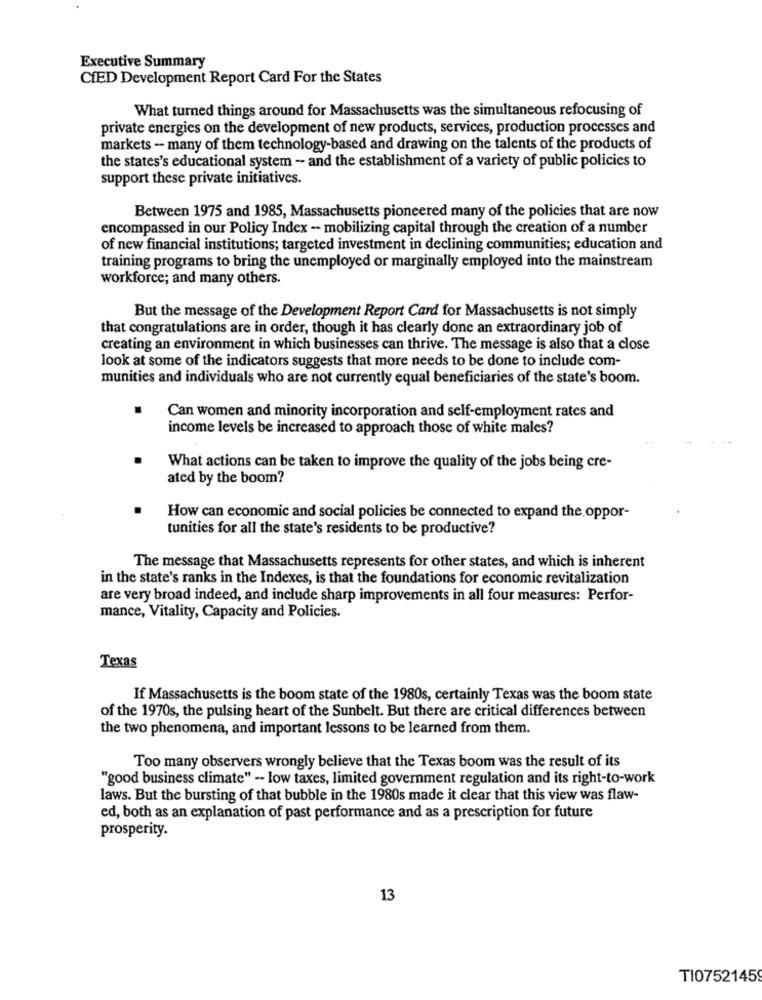
Executive Summary
CIED Development Report Card For the States
What turned things around for Massachusetts was the simultaneous refocusing of
private energies on the development of new products, services, production processes and
markets - many of them technology-based and drawing on the talents of the products of
the states's educational system - and the establishment of a variety of public policies to
support these private initiatives.
Between 1975 and 1985, Massachusetts pioneered many of the policies that are now
encompassed in our Policy Index -- mobilizing capital through the creation of a number
of new financial institutions; targeted investment in declining communities; education and
training programs to bring the unemployed or marginally employed into the mainstream
workforce; and many others.
But the message of the Development Report Card for Massachusetts is not simply
that congratulations are in order, though it has clearly done an extraordinary job of
creating an environment in which businesses can thrive. The message is also that a close
look at some of the indicators suggests that more needs to be done to include com-
munities and individuals who are not currently equal beneficiaries of the state's boom.
Can women and minority incorporation and self-employment rates and
income levels be increased to approach those of white males?
What actions can be taken to improve the quality of the jobs being cre-
ated by the boom?
How can economic and social policies be connected to expand the oppor-
tunities for all the state's residents to be productive?
The message that Massachusetts represents for other states, and which is inherent
in the state's ranks in the Indexes, is that the foundations for economic revitalization
are very broad indeed, and include sharp improvements in all four measures: Perfor-
mance, Vitality, Capacity and Policies.
Texas
If Massachusetts is the boom state of the 1980s, certainly Texas was the boom state
of the 1970s, the pulsing heart of the Sunbelt. But there are critical differences between
the two phenomena, and important lessons to be learned from them.
Too many observers wrongly believe that the Texas boom was the result of its
"good business climate" -- low taxes, limited government regulation and its right-to-work
laws. But the bursting of that bubble in the 1980s made it clear that this view was flaw-
ed, both as an explanation of past performance and as a prescription for future
prosperity.
13
TI0752145